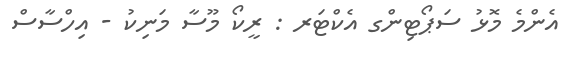
އެންމެ މޮޅު ސަޕޯޓިންގ އެކްޓަރ : ރީކޯ މޫސާ މަނިކު - އިހްސާސް